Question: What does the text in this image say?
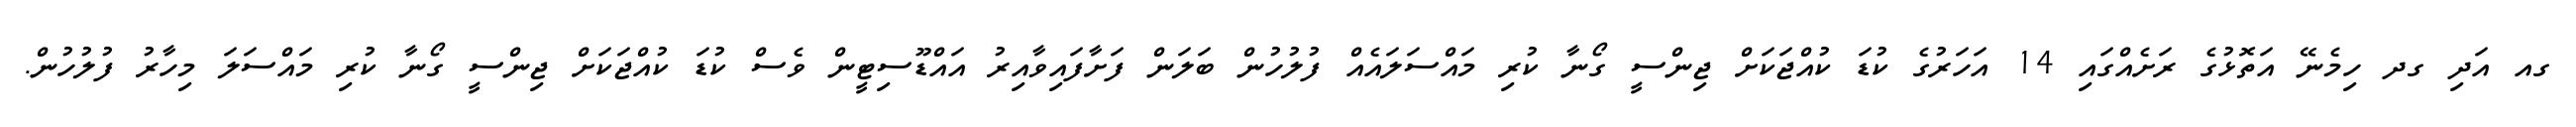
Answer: ގއ އަދި ގދ ހިމެނޭ އަތޮޅުގެ ރަށެއްގައި 14 އަހަރުގެ ކުޑަ ކުއްޖަކަށް ޖިންސީ ގޯނާ ކުރި މައްސަލައެއް ފުލުހުން ބަލަން ފަށާފައިވާއިރު އައްޑޫސިޓީން ވެސް ކުޑަ ކުއްޖަކަށް ޖިންސީ ގޯނާ ކުރި މައްސަލަ މިހާރު ފުލުހުން.